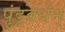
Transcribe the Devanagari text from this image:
पुंड्रवर्धन्